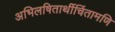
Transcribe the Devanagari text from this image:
अभिलषितार्थीचिंतामणि